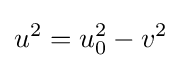
u^{2}=u_{0}^{2}-v^{2}